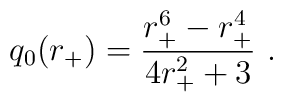
q_0(r_+)={{r_+^6-r_+^4}\over {4r_+^2+3}}\ .